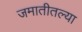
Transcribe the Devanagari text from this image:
जमातीतल्या